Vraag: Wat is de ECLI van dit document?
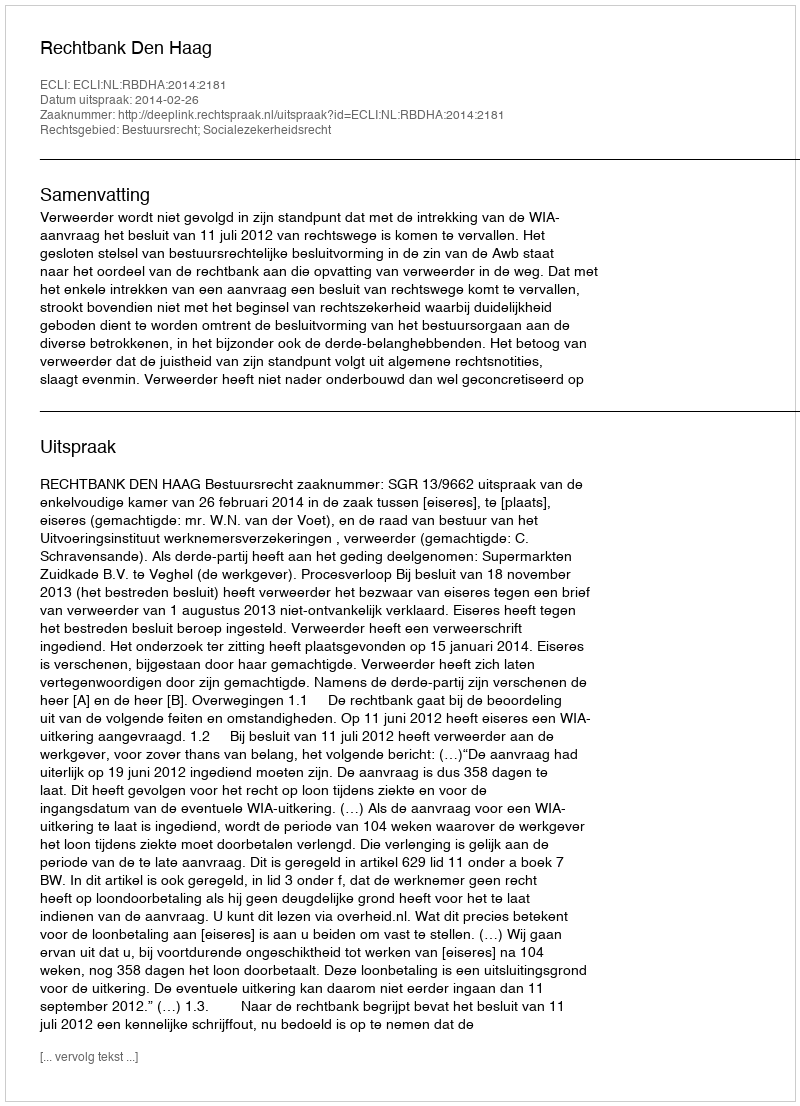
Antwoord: ECLI:NL:RBDHA:2014:2181